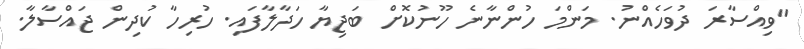
"ވިއްސާރަ ދުވަހެއްނު. މަންމަ ހުންނާނެ ހޫނުކޮށް ބަޖިޔާ ހަދާލާފައި. ހުރިހާ ކުދިން ޖައްސާލާ.